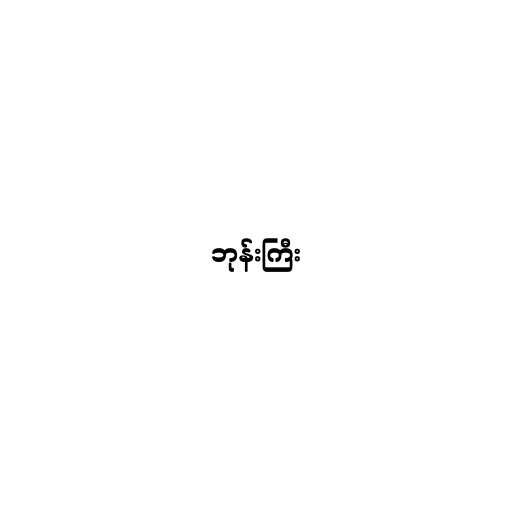
ဘုန်းကြီး